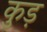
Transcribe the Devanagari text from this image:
कुड़